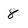
Character: 8